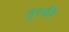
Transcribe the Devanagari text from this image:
तुरकी